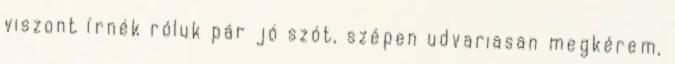
viszont írnék róluk pár jó szót, szépen udvariasan megkérem,